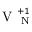
\mathrm { ~ V ~ } _ { \mathrm { ~ N ~ } } ^ { + 1 }